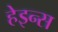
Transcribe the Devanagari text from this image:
हेइन्स